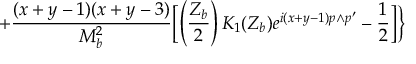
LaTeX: + \frac { ( x + y - 1 ) ( x + y - 3 ) } { M _ { b } ^ { 2 } } \biggl [ \left( \frac { Z _ { b } } { 2 } \right) K _ { 1 } ( Z _ { b } ) e ^ { i ( x + y - 1 ) p \wedge p ^ { \prime } } - \frac { 1 } { 2 } \biggr ] \biggr \}